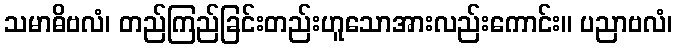
သမာဓိဗလံ၊ တည်ကြည်ခြင်းတည်းဟူသောအားလည်းကောင်း။ ပညာဗလံ၊